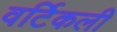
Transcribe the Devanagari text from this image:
वर्टिकली